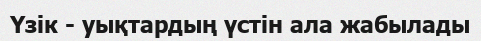
Үзік - уықтардың үстін ала жабылады